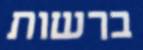
ברשות